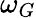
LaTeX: \omega_{G}